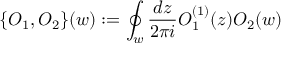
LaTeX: \{ O _ { 1 } , O _ { 2 } \} ( w ) : = \oint _ { w } \frac { d z } { 2 \pi i } O _ { 1 } ^ { ( 1 ) } ( z ) O _ { 2 } ( w )